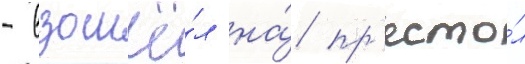
- взошё́л на́ пр'есто́л